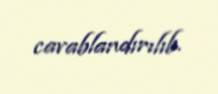
cavablandırılıb.